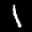
Label: 1